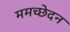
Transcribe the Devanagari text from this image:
ममच्छेदन